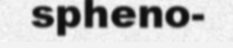
spheno-